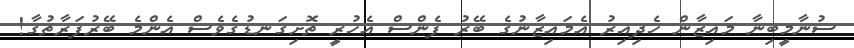
ސުނާމީބިނާ މައިޒާން ހެދިއިރު އެމައިޒާނުގެ ބޭރު ފެންސް އެހުރީ ތޮށިގަނޑުގެވެސް އެންމެ ބޭރުފަރާތުގާ!